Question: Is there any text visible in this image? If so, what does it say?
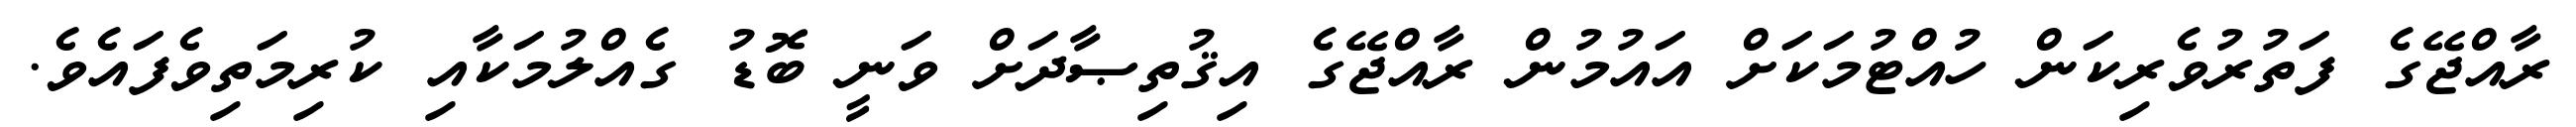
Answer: ރާއްޖޭގެ ފަތުރުވެރިކަން ހުއްޓުމަކަށް އައުމުން ރާއްޖޭގެ އިޤުތިޞާދަށް ވަނީ ބޮޑު ގެއްލުމަކާއި ކުރިމަތިވެފައެވެ.